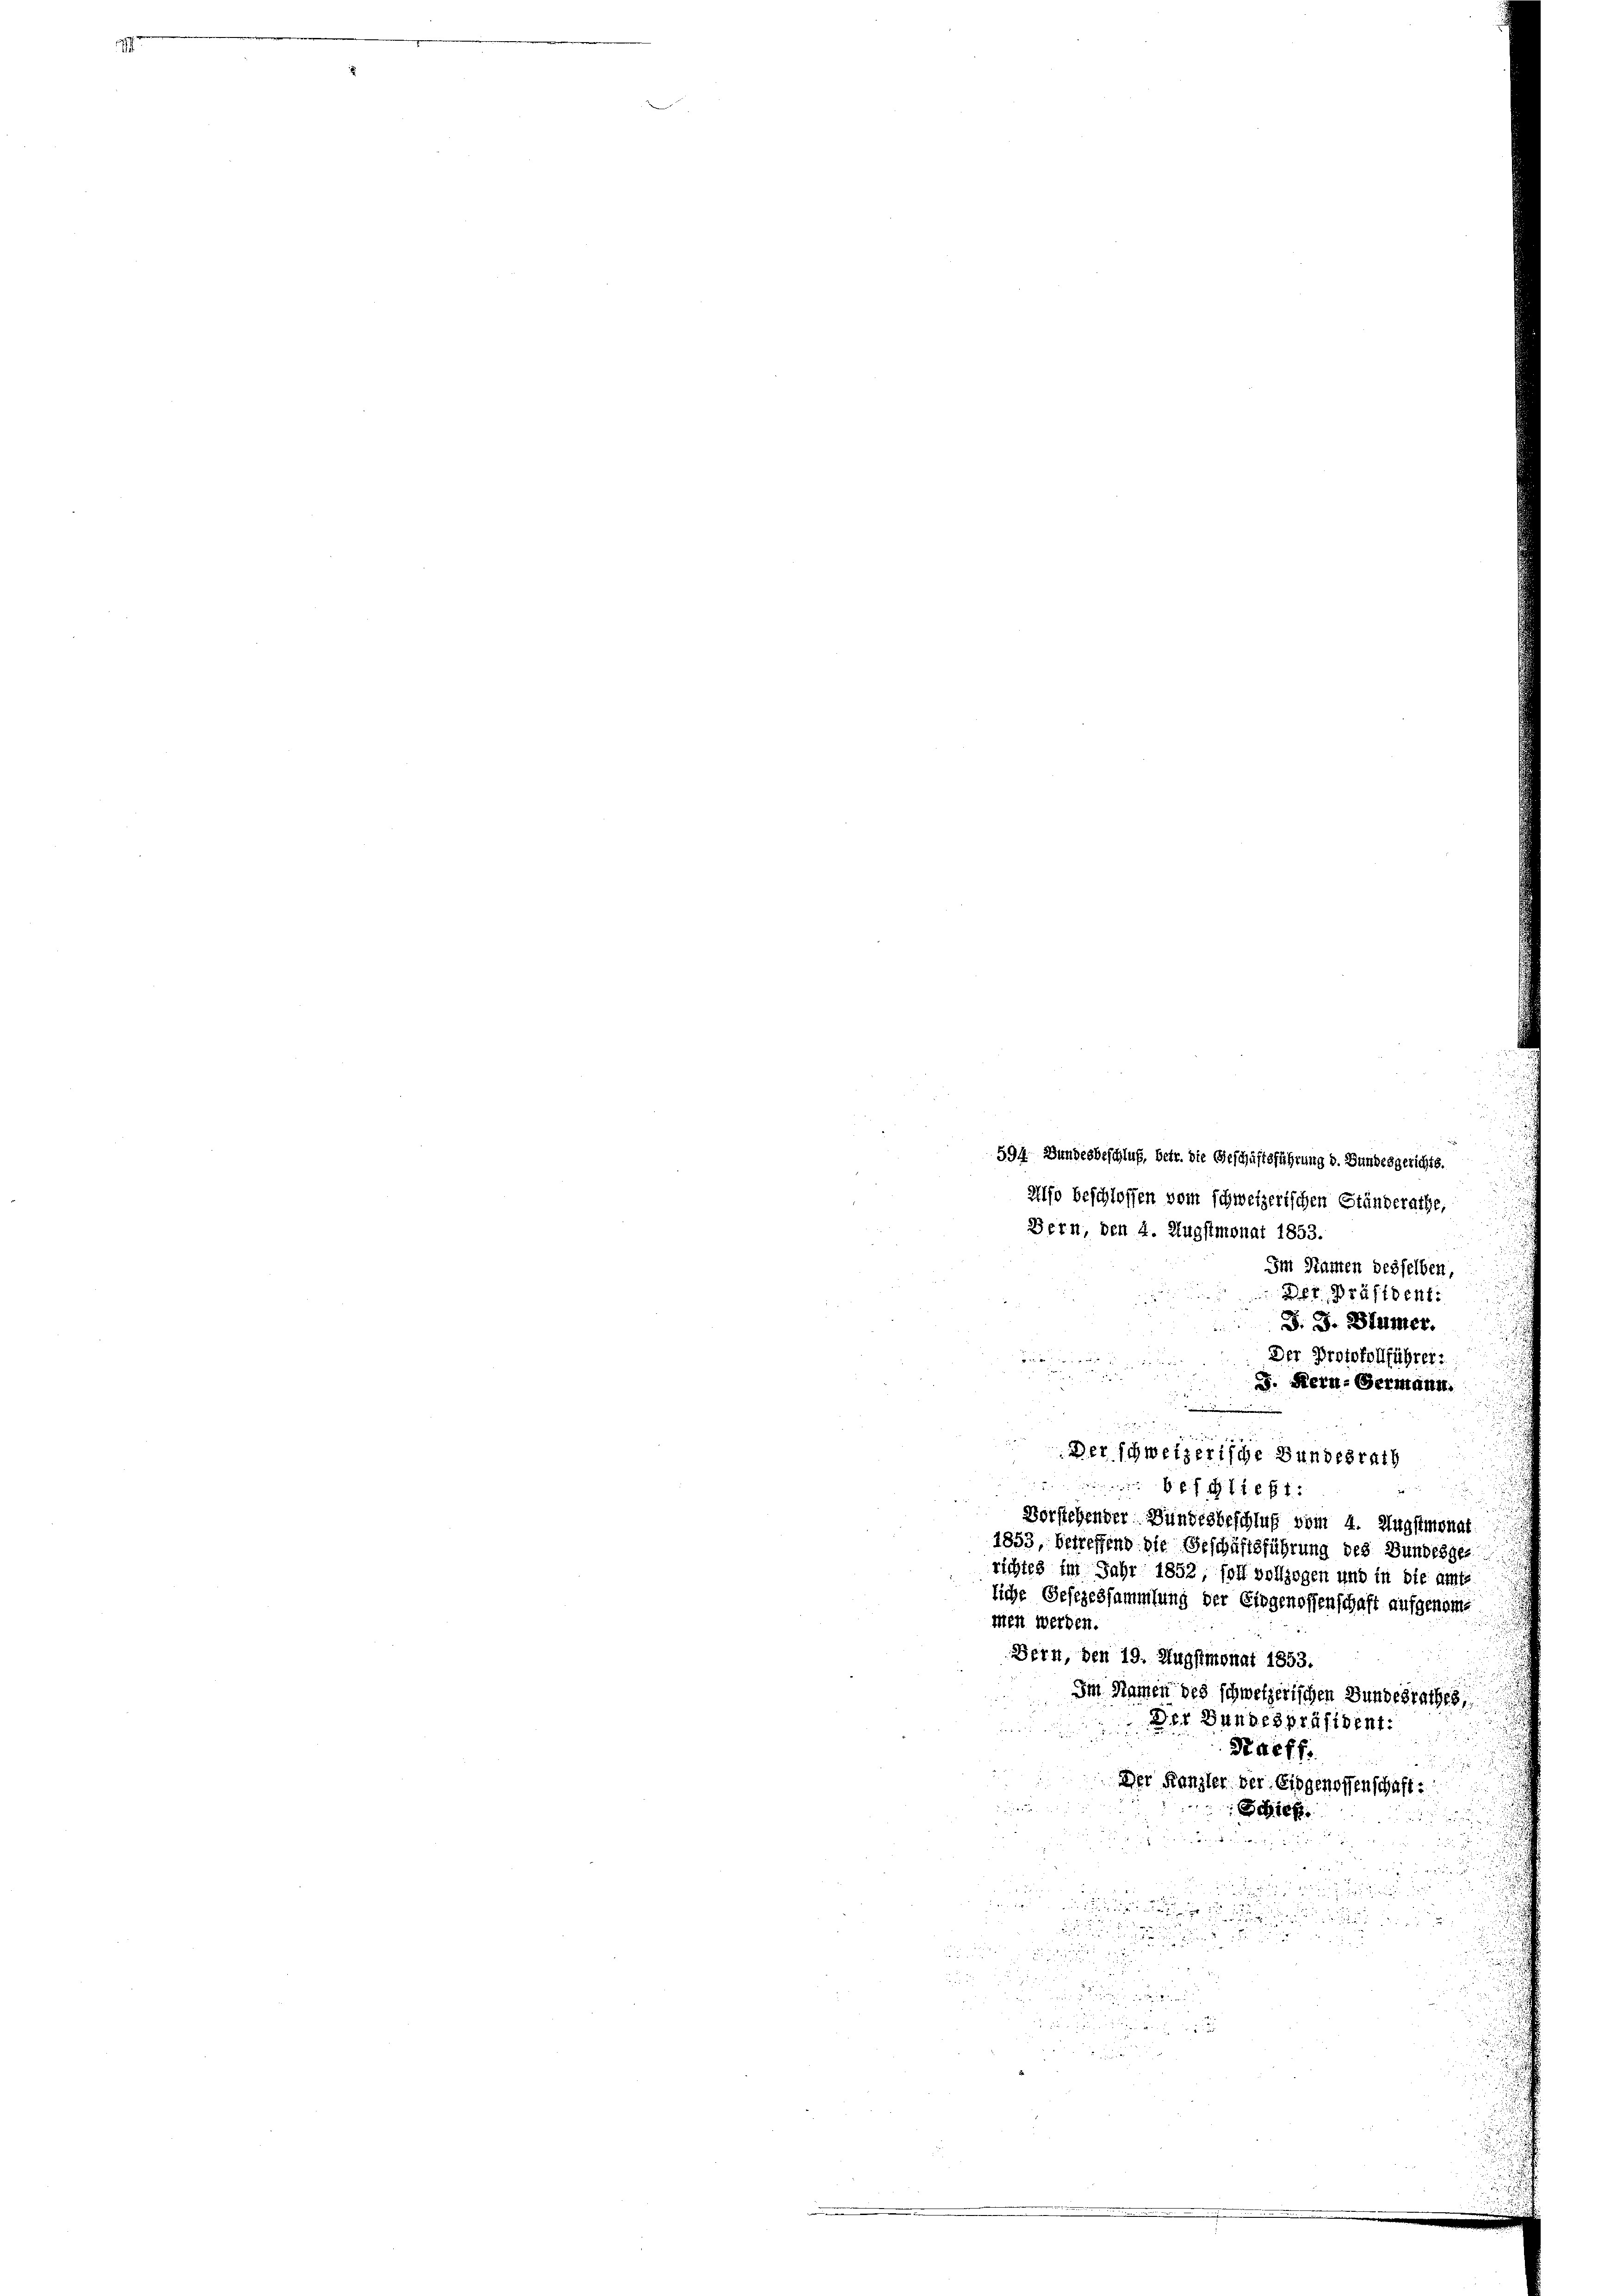
d
594. Bundesbeschluß, betr. die Geschäftsführung d. Bundesgerichts.
u
Alfo beschlossen vom schweizerischen Ständerathe,
Bern, den 4. Augstmonat 1853.
Im Namen desselben,
Der Präsident.
J. J. Blümer.
Der Protokollführer:

J. Kern-Bermann.
 sechst
Vorstehender Bundesbeschluß vom 4. Augstmonat
1853, betreffend die Geschäftsführung des Bundesges
richtes im Jahr 1852, soll vollzogen und in die amte
liche Gesezessammlung der Eingenossenschaft aufgenome
men werden.
Bern, den 19. Augstmonat 1853.
Im Namen des schweizerischen Bundesrathes,
Der Bundespräsident:
Daeff.
Der Kanzler der Eidgenossenschaft:
Schief

e

 xx
.

Der schweizerische Bundesrath